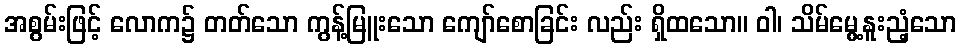
အစွမ်းဖြင့် လောက၌ တတ်သော ကွန့်မြူးသော ကျော်စောခြင်း လည်း ရှိထသော။ ဝါ၊ သိမ်မွေ့နူးညံ့သော